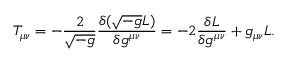
T _ { \mu \nu } = - \frac { 2 } { \sqrt { - g } } \frac { \delta ( \sqrt { - g } { \cal L } ) } { \delta g ^ { \mu \nu } } = - 2 \frac { \delta { \cal L } } { \delta g ^ { \mu \nu } } + g _ { \mu \nu } { \cal L } .